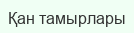
Қан тамырлары